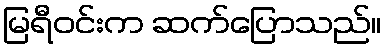
မြရီဝင်းက ဆက်ပြောသည်။